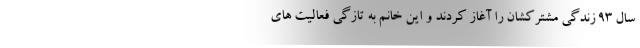
سال 93 زندگی مشترکشان را آغاز کردند و این خانم به تازگی فعالیت های